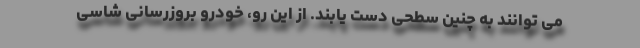
می توانند به چنین سطحی دست یابند. از این رو، خودرو بروزرسانی شاسی